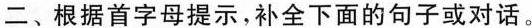
二、根据首字母提示,补全下面的句子或对话。